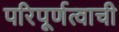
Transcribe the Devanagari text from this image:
परिपूर्णत्वाची